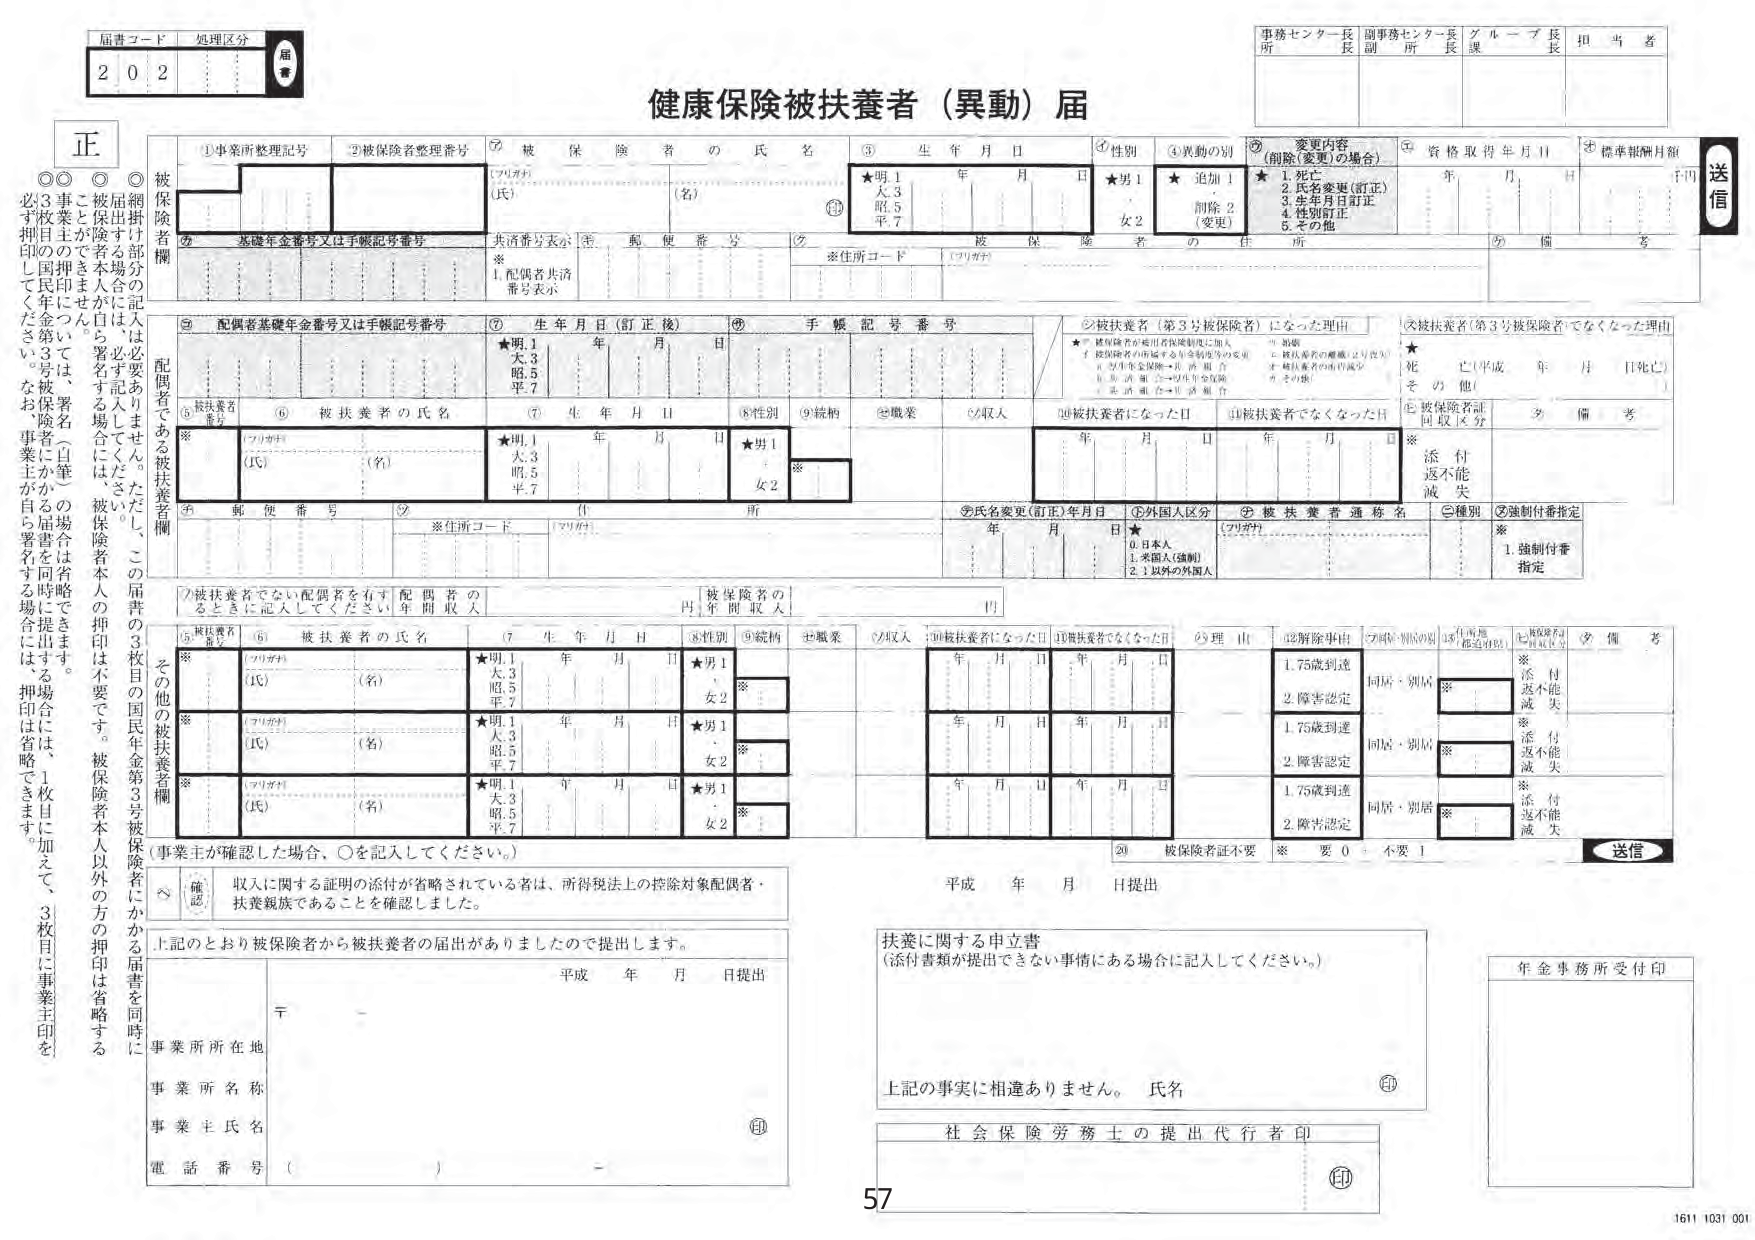
健康保険被扶養者（異動）届

届書コード 2 0 2
処理区分 届書

正

○届出する場合には、必ず記入してください。ただし、この届書の3枚目の国民年金第3号被保険者欄にかかる届書を同時に提出する場合は、押印は省略できます。
○被保険者本人が自ら署名する場合は、被保険者本人の押印は不要です。
○事業主が提出する場合は、署名（自筆）の場合は省略できます。
○3枚目の国民年金第3号被保険者欄にかかる届書を同時に提出する場合には、押印は省略できます。1枚目に加えて、3枚目に事業主印を押印してください。

①事業所整理記号
②被保険者整理番号
③被保険者の氏名
（フリガナ）
（氏）
（名）
④生年月日
★明1
大3
昭5
平7
年 月 日
⑤性別
★男1
女2
⑥異動の別
★追加1
削除2（変更）
⑦変更内容（削除（変更）の場合）
1.死亡
2.氏名変更（訂正）
3.生年月日訂正
4.性別訂正
5.その他
⑧資格取得年月日
年 月 日
⑨標準報酬月額
千円

⑩基礎年金番号又は手帳記号番号
共済番号表示
※1.配偶者共済
番号表示
⑪郵便番号
⑫住所
※住所コード
（フリガナ）

⑬配偶者基礎年金番号又は手帳記号番号
⑭生年月日（訂正後）
★明1
大3
昭5
平7
年 月 日
⑮手帳記号番号

⑯被扶養者（第3号被保険者）になった理由
★
1.被保険者が被用者保険制度に加入
2.被保険者が所属する年金制度等の変更
3.労災年金保険・共済・組合
4.生活保護・公的扶助等の受給
5.生活困窮者自立支援
※
1.婚姻
2.被扶養者の離婚（はりきり）
3.被扶養者の死亡
4.その他

⑰被扶養者（第3号被保険者）でなくなった理由
★
死亡（平成 年 月 日死亡）
その他（ ）

⑱被扶養者番号
⑲被扶養者の氏名
（フリガナ）
（氏）
（名）
⑳生年月日
★明1
大3
昭5
平7
年 月 日
㉑性別
★男1
女2
㉒続柄
※
㉓職業
㉔収入
㉕被扶養者になった日
年 月 日
㉖被扶養者でなくなった日
年 月 日
※
⑰被保険者証
回収区分
⑱備考
※
添付
返不能
滅失

⑲氏名変更（訂正）年月日
年 月 日
⑳外国人区分
★
0.日本人
1.米国人（強制）
2.1以外の外国人
㉑被扶養者通称名
（フリガナ）
㉒種別
※
1.強制付番
指定

⑦被扶養者でない配偶者を有する配偶者の
※
⑤被扶養者番号
⑥被扶養者の氏名
（フリガナ）
（氏）
（名）
⑦生年月日
★明1
大3
昭5
平7
年 月 日
⑧性別
★男1
女2
⑨続柄
※
⑩職業
⑪収入
⑫被扶養者になった日
年 月 日
⑬被扶養者でなくなった日
年 月 日
⑭理由
1.75歳到達
2.障害認定
⑮同居・別居
⑯住所地（都道府県）
※
⑰備考
※
添付
返不能
滅失
※
添付
返不能
滅失
※
添付
返不能
滅失

⑳被保険者証不要
※ 要0 不要1

送信

⑧確認
収入に関する証明の添付が省略されている者は、所得税法上の控除対象配偶者・
扶養親族であることを確認しました。

上記のとおり被保険者から被扶養者の届出がありましたので提出します。
平成 年 月 日提出

事業所所在地
事業所名称
事業主氏名
電話番号（ ）

平成 年 月 日提出

扶養に関する申立書
（添付書類が提出できない事情にある場合に記入してください。）

上記の事実に相違ありません。 氏名

社会保険労務士の提出代行者印

年金事務所受付印

57

1611 1031 001

事務センター長
副事務センター長
グループ長
担当者

送信

課

（印）